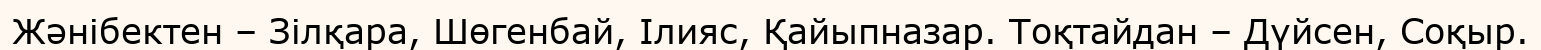
Жәнібектен – Зілқара, Шөгенбай, Ілияс, Қайыпназар. Тоқтайдан – Дүйсен, Соқыр.